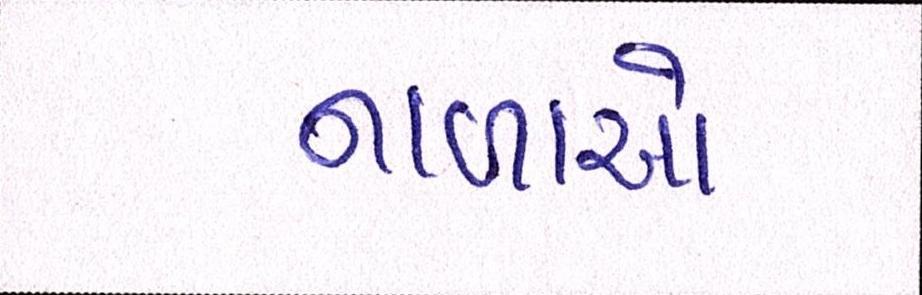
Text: નાળાઓ